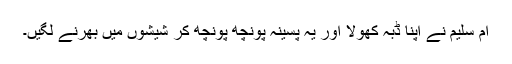
اُمّ سلیم نے اپنا ڈبہ کھولا اور یہ پسینہ پونچھ پونچھ کر شیشوں میں بھرنے لگیں۔